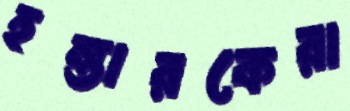
হন্তারকেরা